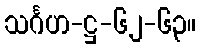
သင်္ဂဟ-ဋ္ဌ-၆၂-၆၃။